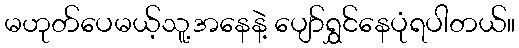
မဟုတ်ပေမယ့်သူ့အနေနဲ့ ပျော်ရွှင်နေပုံရပါတယ်။